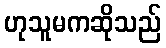
ဟုသူမကဆိုသည်